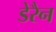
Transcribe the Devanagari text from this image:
डेरैन